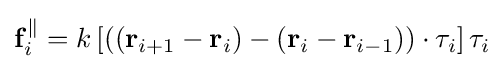
\mathbf {f} _{i}^{\parallel }=k\left[\left(\left(\mathbf {r} _{i+1}-\mathbf {r} _{i}\right)-\left(\mathbf {r} _{i}-\mathbf {r} _{i-1}\right)\right)\cdot \tau _{i}\right]\tau _{i}